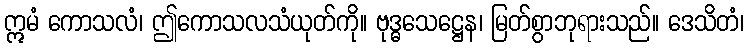
ဣမံ ကောသလံ၊ ဤကောသလသံယုတ်ကို။ ဗုဒ္ဓသေဋ္ဌေန၊ မြတ်စွာဘုရားသည်။ ဒေသိတံ၊